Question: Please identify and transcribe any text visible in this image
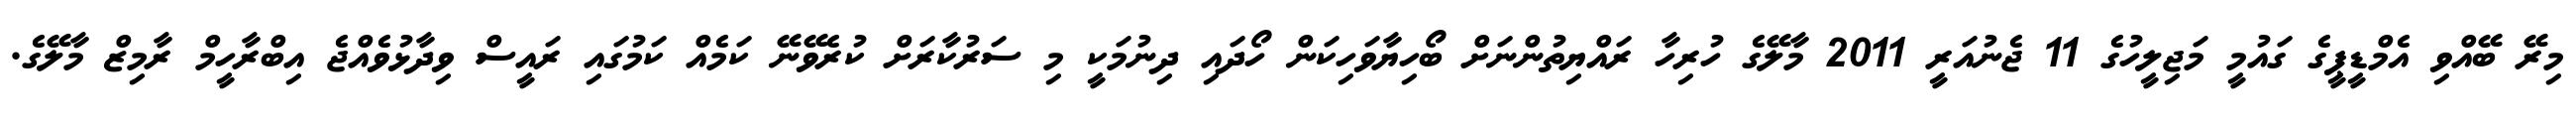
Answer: މިރޭ ބޭއްވި އެމްޑީޕީގެ ގައުމީ މަޖިލީހުގެ 11 ޖެނުއަރީ 2011 މާލޭގެ ހުރިހާ ރައްޔިތުންނަށް ބޯހިޔާވަހިކަން ހޯދައި ދިނުމަކީ މި ސަރުކާރަށް ކުރެވޭނޭ ކަމެއް ކަމުގައި ރައީސް ވިދާޅުވެއްޖެ އިބްރާހީމް ރާމިޒް މާލޭގެ.